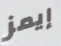
إيمز